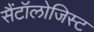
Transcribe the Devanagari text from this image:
सैंटॉलोजिस्ट